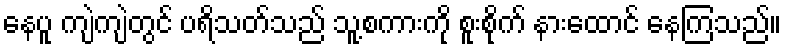
နေပူ ကျဲကျဲတွင် ပရိသတ်သည် သူ့စကားကို စူးစိုက် နားထောင် နေကြသည်။